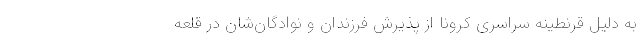
به دلیل قرنطینه سراسری کرونا از پذیرش فرزندان و نوادگان‌شان در قلعه